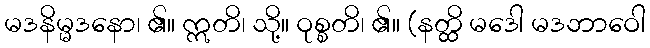
မဒနိမ္မဒနော၊ ၏။ ဣတိ၊ သို့။ ဝုစ္စတိ၊ ၏။ (နတ္ထိ မဒေါ မဒဘာဝေါ